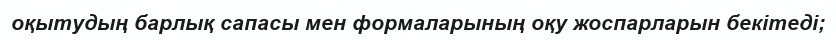
оқытудың барлық сапасы мен формаларының оқу жоспарларын бекітеді;